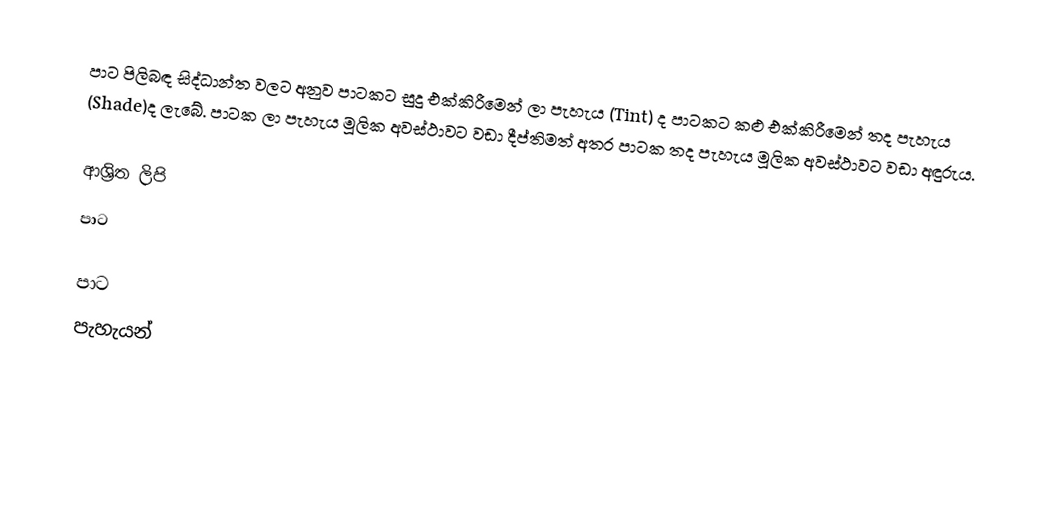
පාට පිලිබඳ සිද්ධාන්ත වලට අනුව පාටකට සුදු එක්කිරීමෙන්  ලා පැහැය (Tint) ද පාටකට කළු එක්කිරීමෙන්  තද පැහැය (Shade)ද ලැබේ. පාටක ලා පැහැය මූලික අවස්ථාවට වඩා දීප්තිමත් අතර පාටක තද පැහැය මූලික අවස්ථාවට වඩා අඳුරුය.

ආශ්‍රිත ලිපි
 පාට

පාට
පැහැයන්